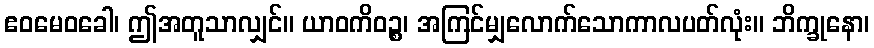
ဧဝမေဝခေါ၊ ဤအတူသာလျှင်။ ယာဝကိဝဉ္စ၊ အကြင်မျှလောက်သောကာလပတ်လုံး။ ဘိက္ခုနော၊